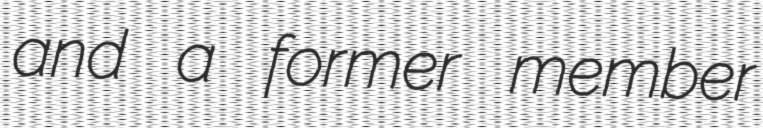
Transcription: and a former member